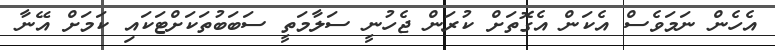
އެހެން ނަމަވެސް އެކަން އެގޮތަށް ކުރަން ޖެހުނީ ސަލާމަތީ ސަބަބުތަކަށްޓަކައި ކަމަށް އޭނާ